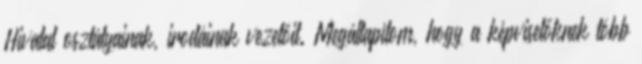
Hivatal osztályainak, irodáinak vezetőit. Megállapítom, hogy a képviselőknek több